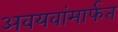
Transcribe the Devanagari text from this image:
अवयवांमार्फत